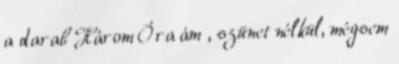
a darab Három Óra ám , szünet nélkül, mégsem